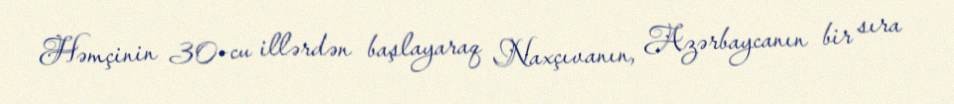
Həmçinin 30-cu illərdən başlayaraq Naxçıvanın, Azərbaycanın bir sıra